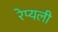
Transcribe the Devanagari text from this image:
रेप्यली